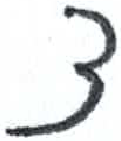
אות: צ